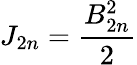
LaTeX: J_{2n}=\frac{B_{2n}^{2}}{2}